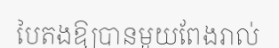
បៃតងឱ្យបានមួយពែងរាល់